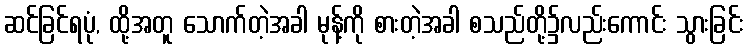
ဆင်ခြင်ရပုံ, ထို့အတူ သောက်တဲ့အခါ မုန့်ကို စားတဲ့အခါ စသည်တို့၌လည်းကောင်း သွားခြင်း